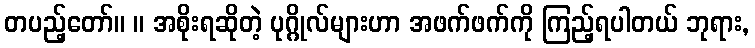
တပည့်တော်။ ။ အစိုးရဆိုတဲ့ ပုဂ္ဂိုလ်များဟာ အဖက်ဖက်ကို ကြည့်ရပါတယ် ဘုရား,